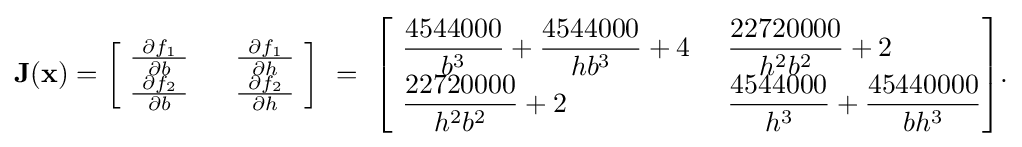
{\begin{aligned}\mathbf {J} (\mathbf {x} )={\begin{bmatrix}~{\frac {\ \partial {f_{1}}\ }{\partial {b}}}\ &~{\frac {\ \partial {f_{1}}\ }{\partial {h}}}~\\~{\frac {\ \partial {f_{2}}\ }{\partial {b}}}\ &~{\frac {\ \partial {f_{2}}\ }{\partial {h}}}~\end{bmatrix}}~=~{\begin{bmatrix}{\begin{aligned}~&{\frac {4544000}{b^{3}}}+{\frac {4544000}{hb^{3}}}+4\ &&{\frac {22720000}{h^{2}b^{2}}}+2\\~&{\frac {22720000}{h^{2}b^{2}}}+2\ &&{\frac {4544000}{h^{3}}}+{\frac {45440000}{bh^{3}}}\end{aligned}}\end{bmatrix}}.\end{aligned}}